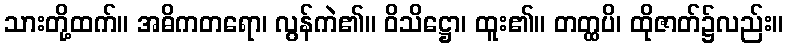
သားတို့ထက်။ အဓိကတရော၊ လွန်ကဲ၏။ ဝိသိဋ္ဌော၊ ထူး၏။ တတ္ထပိ၊ ထိုဇာတ်၌လည်း။